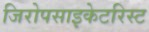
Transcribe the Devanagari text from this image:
जिरोपसाइकेटरिस्ट